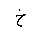
Letter: _kha